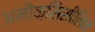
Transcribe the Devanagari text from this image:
अमौक्सिसीलिन